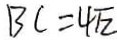
B C = 4 \sqrt { 2 }